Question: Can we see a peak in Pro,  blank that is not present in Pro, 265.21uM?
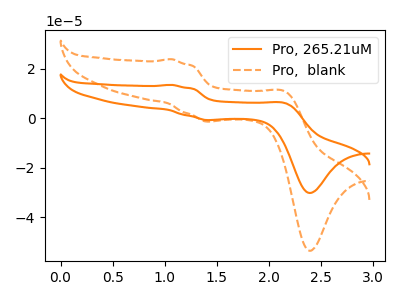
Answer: <think>The orange curve "Pro, 265.21uM" has anodic peaks at (1.05V, 13.40uA) (2.15V, 6.05uA) and cathodic peaks at (1.45V, -0.75uA) (2.40V, -30.20uA). The orange dashed curve "Pro,  blank" has anodic peaks at (1.05V, 23.80uA) (2.15V, 10.70uA) and cathodic peaks at (1.45V, -1.35uA) (2.40V, -53.55uA).
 All the peaks in "Pro,  blank" have a peak in "Pro, 265.21uM" at the same potential. Every peak in "Pro,  blank" is higher than every peak in "Pro, 265.21uM".</think>
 <answer>No, "Pro,  blank" and "Pro, 265.21uM" don't appear to be significantly different in shape</answer>
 <eval>no_change</eval>